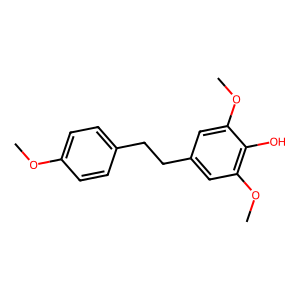
SMILES: COc1ccc(CCc2cc(OC)c(O)c(OC)c2)cc1
Inhibits HIV replication: No